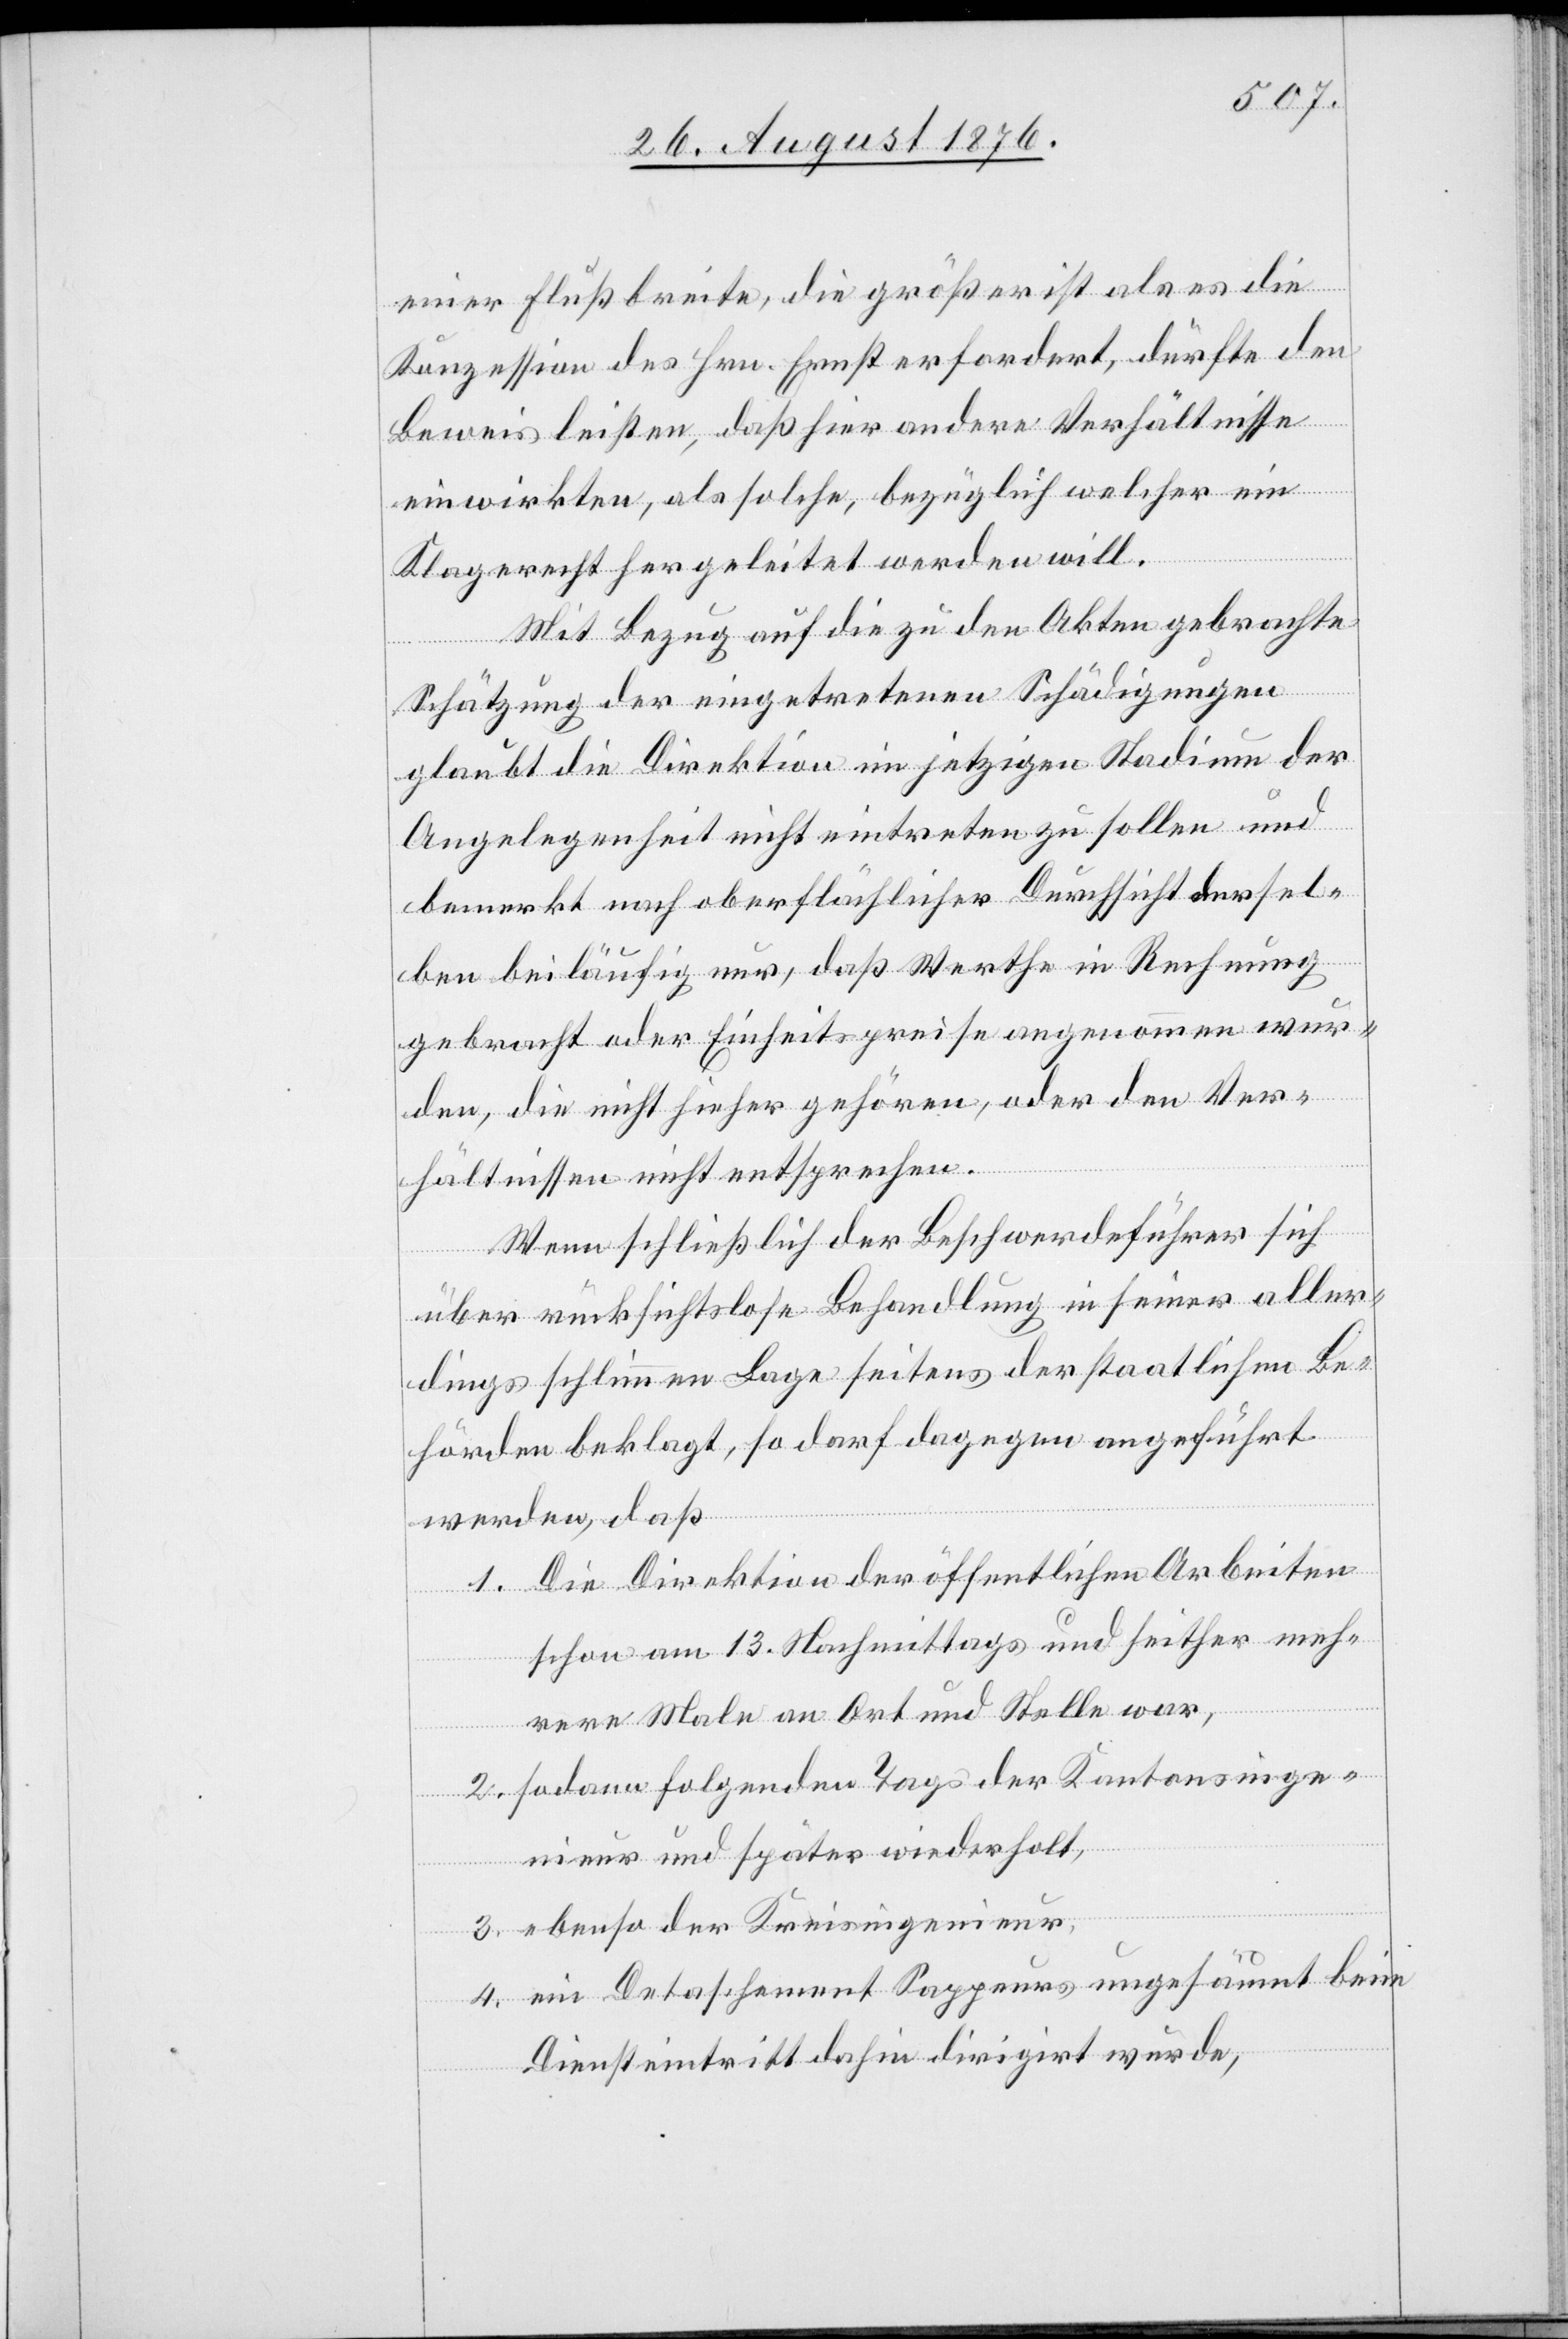
einer Flußbreite, die größer ist als es die
Konzession des Hrn. Ernst erfordert, dürfte den
Beweis leisten, daß hier andere Verhältnisse
einwirkten, als solche, bezüglich welcher ein
Klagerecht hergeleitet werden will.
Mit Bezug auf die zu den Akten gebrachte
Schätzung der eingetretenen Schädigungen
glaubt die Direktion im jetzigen Stadium der
Angelegenheit nicht eintreten zu sollen und
bemerkt nach oberflächlicher Durchsicht dersel¬
ben beiläufig nur, daß Werthe in Rechnung
gebracht oder Einheitspreise angenommen wur¬
den, die nicht hieher gehören, oder den Ver¬
hältnissen nicht entsprechen.
Wenn schließlich der Beschwerdeführer sich
über rücksichtslose Behandlung in seiner aller¬
dings schlimmen Lage seitens der staatlichen Be¬
hörden beklagt, so darf dagegen angeführt
werden, daß
1. Die Direktion der öffentlichen Arbeiten
schon am 13. Nachmittags und seither meh¬
rere Male an Ort und Stelle war,
2. sodann folgenden Tags der Kantonsinge¬
nieur und später wiederholt,
3. ebenso der Kreisingenieur,
4. ein Detaschement Sappeurs ungesäumt beim
Dienstantritt dahin dirigirt wurde,